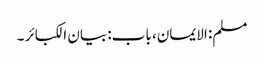
مسلم: الایمان، باب: بیان الکبائر ۔